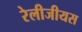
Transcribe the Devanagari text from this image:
रेलीजीयस